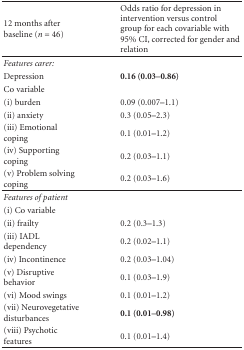
<table><thead><tr><td><b>12 months after baseline (<i>n</i> = 46)</b></td><td><b>Odds ratio for depression in intervention versus control group for each covariable with 95% CI, corrected for gender and relation</b></td></tr></thead><tbody><tr><td><i>Features carer: </i></td><td></td></tr><tr><td>Depression</td><td><b>0.16 (0.03–0.86) </b></td></tr><tr><td>Co variable</td><td></td></tr><tr><td>(i) burden</td><td>0.09 (0.007–1.1)</td></tr><tr><td>(ii) anxiety</td><td>0.3 (0.05–2.3)</td></tr><tr><td>(iii) Emotional coping</td><td>0.1 (0.01–1.2)</td></tr><tr><td>(iv) Supporting coping</td><td>0.2 (0.03–1.1)</td></tr><tr><td>(v) Problem solving coping</td><td>0.2 (0.03–1.6) </td></tr><tr><td><i>Features of patient</i></td><td></td></tr><tr><td>(i) Co variable</td><td></td></tr><tr><td>(ii) frailty</td><td>0.2 (0.3–1.3)</td></tr><tr><td>(iii) IADL dependency</td><td>0.2 (0.02–1.1)</td></tr><tr><td>(iv) Incontinence</td><td>0.2 (0.03–1.04)</td></tr><tr><td>(v) Disruptive behavior</td><td>0.1 (0.03–1.9)</td></tr><tr><td>(vi) Mood swings</td><td>0.1 (0.01–1.2)</td></tr><tr><td>(vii) Neurovegetative disturbances</td><td><b>0.1 (0.01–0.98)</b></td></tr><tr><td>(viii) Psychotic features</td><td>0.1 (0.01–1.4)</td></tr></tbody></table>